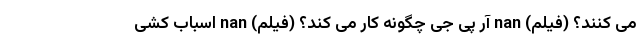
می کنند؟ (فیلم) nan آر پی جی چگونه کار می کند؟ (فیلم) nan اسباب ‌کشی